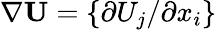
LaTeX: \nabla{\mathbf{U}}=\{ {\partial U_{j}/\partial x_{i}}\}